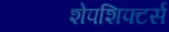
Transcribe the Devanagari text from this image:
शेपशिफ्टर्स